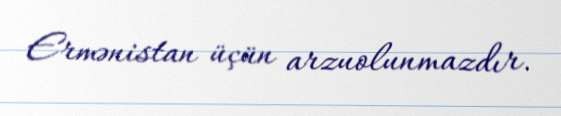
Ermənistan üçün arzuolunmazdır.